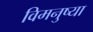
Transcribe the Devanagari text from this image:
विमनुष्या